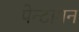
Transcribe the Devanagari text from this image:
पेन्टागन